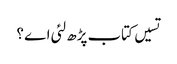
تسیں کتاب پڑھ لئی اے ؟